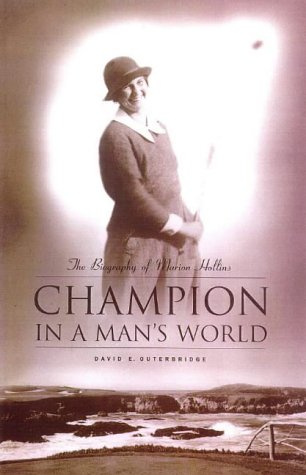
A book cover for Champion in a Man's World: A Biography of Marion Hollins; David Outerbridge; Biographies & Memoirs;